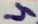
Text: 4